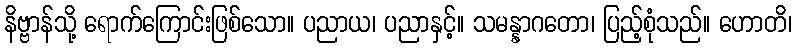
နိဗ္ဗာန်သို့ ရောက်ကြောင်းဖြစ်သော။ ပညာယ၊ ပညာနှင့်။ သမန္နာဂတော၊ ပြည့်စုံသည်။ ဟောတိ၊